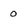
Character: 0